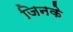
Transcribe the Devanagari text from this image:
जिनके